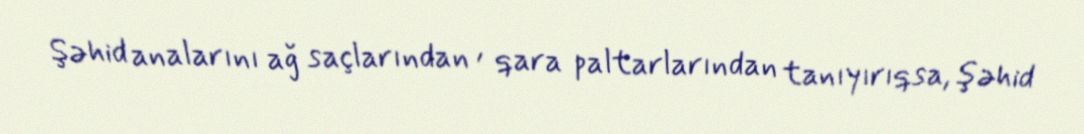
Şəhid analarını ağ saçlarından , qara paltarlarından tanıyırıqsa, şəhid